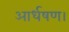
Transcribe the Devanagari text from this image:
आर्धषण।